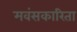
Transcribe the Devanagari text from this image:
मवंसकारिता